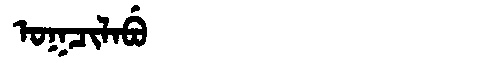
Manchu: ᠣᡴᠴᡳᠯᠠᠪᡠ
Romanization: OKCILABU